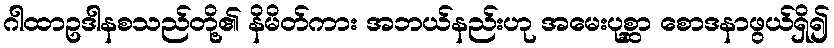
ဂါထာဥဒါနစသည်တို့၏ နိမိတ်ကား အဘယ်နည်းဟု အမေးပုစ္ဆာ စောဒနာဖွယ်ရှိ၍